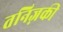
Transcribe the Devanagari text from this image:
तनिज़की